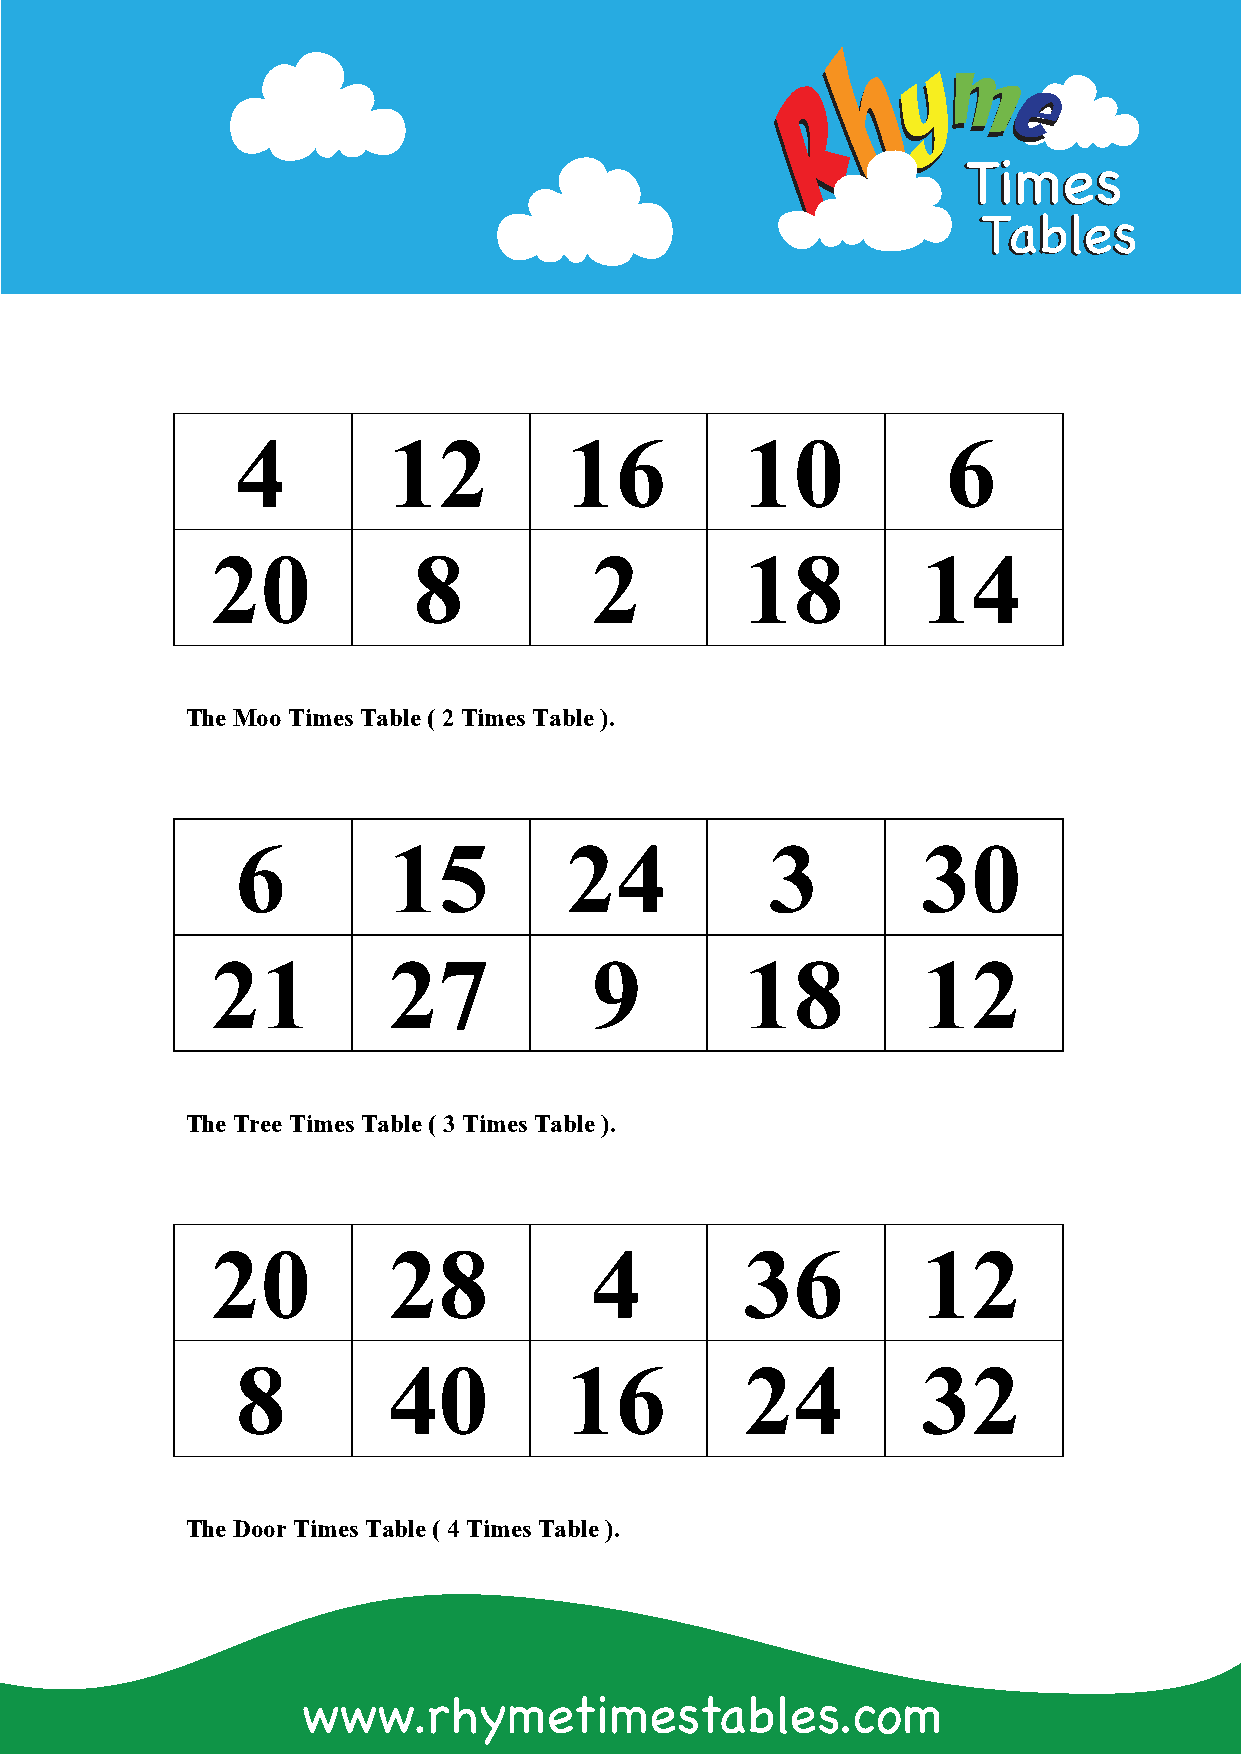
TTiimmeess
 TTaabblleess
 4         12         16          10            6
 20           8           2         18          14
 The Moo Times Table (2 Times Table).
 6         15         24            3         30
 21          27           9         18          12
 The Tree Times Table ( 3 Times Table).
 20          28           4         36          12
 8         40         16          24          32
 The Door Times Table(4 Times Table).
 www.rhymetimestables.com